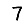
Digit: 7